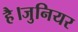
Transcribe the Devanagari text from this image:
है।जुनियर